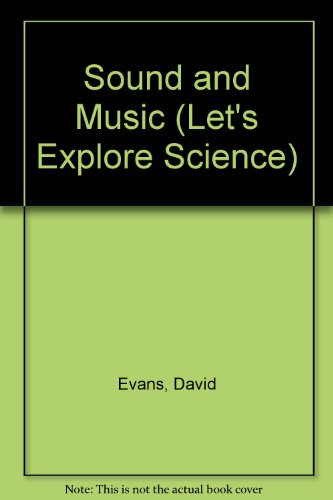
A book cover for Sound and Music (Let's Explore Science); David Evans; Children's Books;